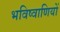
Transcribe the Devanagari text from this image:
भविष्वाणियों